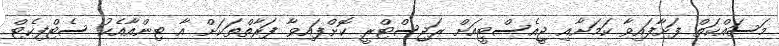
މަސައްކަތް ފަށާފައިވާ ކަމަށާއި ޖީއެސްޓީއަށް ރަޖިސްޓްރީ ކޮށްފައިވާ ފަރާތްތަކަށް އާ ޓިންއާއެކު ސެޓްފިކެޓް